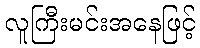
လူကြီးမင်းအနေဖြင့်